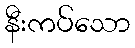
နီးကပ်သော